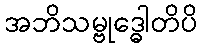
အဘိသမ္ဗုဒ္ဓေါတိပိ